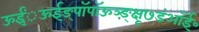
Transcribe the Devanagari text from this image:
ऊईं़ऊईङ्पॉपॉऊञ्ङ़़्क्षू७डंऑई॰